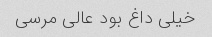
خیلی داغ بود عالی مرسی